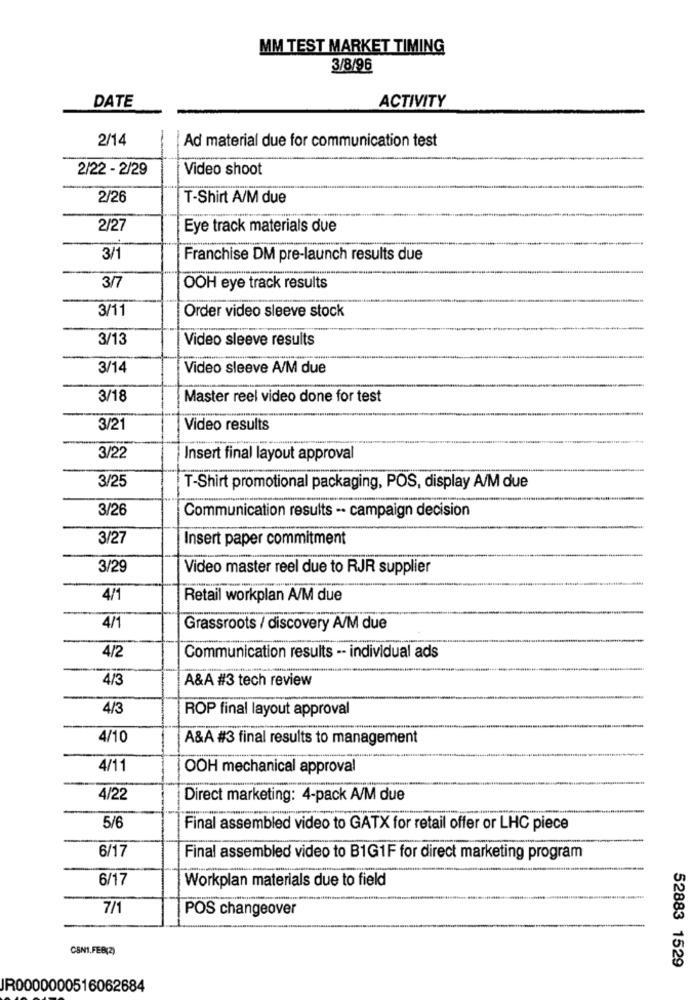
MM TEST MARKET TIMING
3/8/96
ACTIVITY
DATE
2/14
Ad material due for communication test
2/22 - 2/29
Video shoot
2/26
T-Shirt A/M due
2/27
Eye track materials due
3/1
Franchise DM pre-launch results due
-
3/7
OOH eye track results
3/11
Order video sleeve stock
3/13
Video sleeve results
3/14
Video sleeve A/M due
3/18
Master reel video done for test
3/21
Video results
3/22
Insert final layout approval
3/25
T-Shirt promotional packaging, POS, display A/M due
3/26
Communication results -· campaign decision
3/27
Insert paper commitment
3/29
Video master reel due to RJR supplier
4/1
Retail workplan A/M due
4/1
Grassroots / discovery A/M due
4/2
Communication results -- individual ads
4/3
A&A #3 tech review
4/3
ROP final layout approval
4/10
A&A #3 final results to management
4/11
OOH mechanical approval
4/22
Direct marketing: 4-pack A/M due
5/6
Final assembled video to GATX for retail offer or LHC piece
6/17
Final assembled video to B1G1F for direct marketing program
6/17
Workplan materials due to field
7/1
POS changeover
CSN1.FER(2)
52883 1529
JR0000000516062684